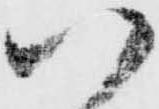
以